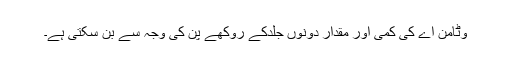
وٹامن اے کی کمی اور مقدار دونوں جلدکے روکھے پن کی وجہ سے بن سکتی ہے۔